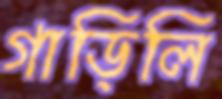
গাড়িলি